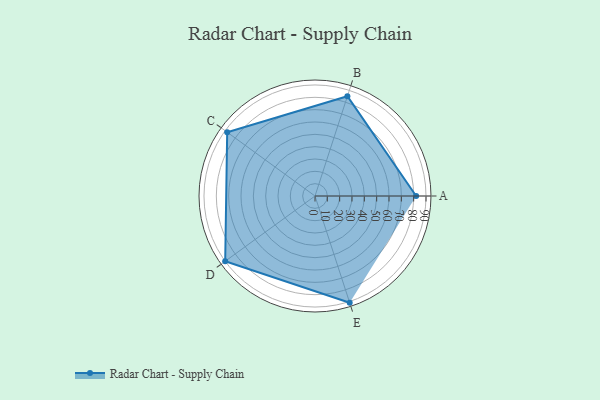
{"axis": {"x": "Skill", "y": "Score"}, "legend": ["Profile"], "data": [{"x": "A", "y": 82.0, "type": "Profile"}, {"x": "B", "y": 85.0, "type": "Profile"}, {"x": "C", "y": 88.0, "type": "Profile"}, {"x": "D", "y": 90.0, "type": "Profile"}, {"x": "E", "y": 91.0, "type": "Profile"}]}